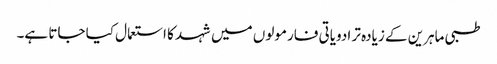
طبی ماہرین کے زیادہ تر ادویاتی فارمولوں میں شہد کا استعمال کیا جاتا ہے۔